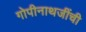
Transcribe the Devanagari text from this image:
गोपीनाथजींची